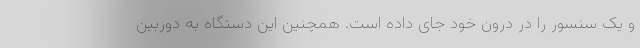
و یک سنسور را در درون خود جای داده است. همچنین این دستگاه به دوربین